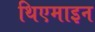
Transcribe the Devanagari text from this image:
थिएमाइन